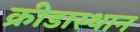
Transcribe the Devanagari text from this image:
क्रीडास्थान